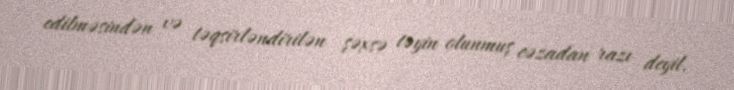
edilməsindən və təqsirləndirilən şəxsə təyin olunmuş cəzadan razı deyil.